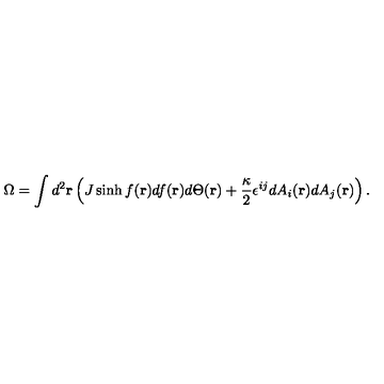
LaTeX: \Omega = \int d ^ { 2 } { \bf r } \left( J \sinh f ( { \bf r } ) d f ( { \bf r } ) d \Theta ( { \bf r } ) + \frac { \kappa } { 2 } \epsilon ^ { i j } d A _ { i } ( { \bf r } ) d A _ { j } ( { \bf r } ) \right) .